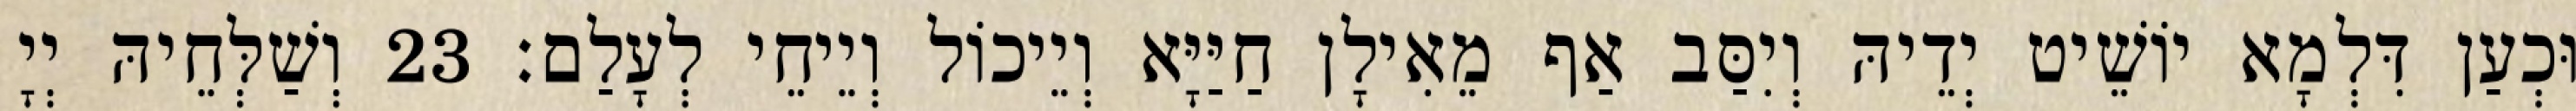
וּכְעַן דִּלְמָא יוֹשֵׁיט יְדֵיהּ וְיִסַּב אַף מֵאִילָן חַיַּיָּא וְיֵיכוֹל וְיֵיחֵי לְעָלַם׃ 23 וְשַׁלְּחֵיהּ יְיָ